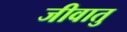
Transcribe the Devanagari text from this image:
जीवातु